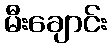
မီးချောင်း